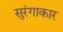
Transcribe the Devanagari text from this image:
सुरंगाकार